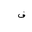
Letter: _fa